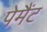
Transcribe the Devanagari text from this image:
पेमैंट